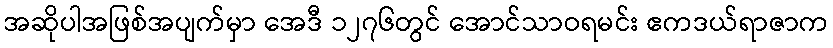
အဆိုပါအဖြစ်အပျက်မှာ အေဒီ ၁၂၇၆တွင် အောင်သာဝရမင်း ဧကဒယ်ရာဇာက